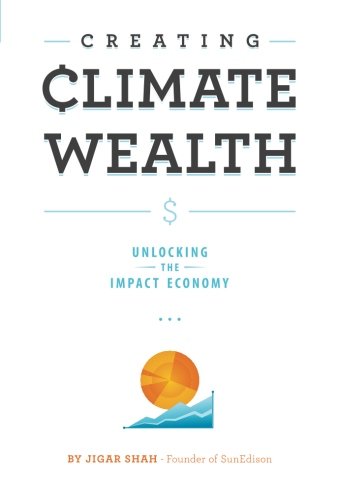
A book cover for Creating Climate Wealth: Unlocking the Impact Economy; Jigar Shah; Business & Money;